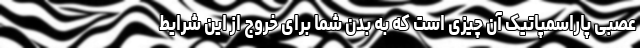
عصبی پاراسمپاتیک آن چیزی است که به بدن شما برای خروج از این شرایط